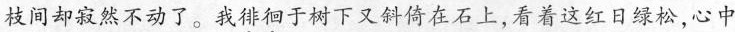
枝间却寂然不动了。我徘徊于树下又斜倚在石上，看着这红日绿松，心中